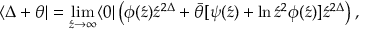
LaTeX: \langle \Delta + \theta | = \operatorname * { l i m } _ { \acute { z } \rightarrow \infty } \langle 0 | \left( { \phi ( \acute { z } ) \acute { z } ^ { 2 \Delta } + \bar { \theta } [ \psi ( \acute { z } ) + \ln \acute { z } ^ { 2 } \phi ( \acute { z } ) ] } \acute { z } ^ { 2 \Delta } \right) ,